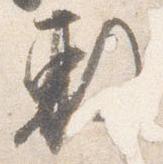
敷